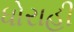
ધોરાહી